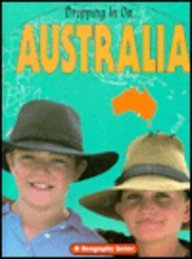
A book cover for Australia (Dropping in On...); Linda Parker; Children's Books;